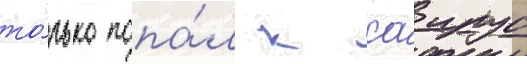
то́лько попа́л к саирус